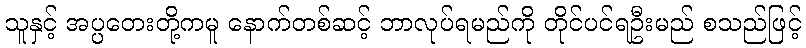
သူနှင့် အပ္ပတေးတို့ကမူ နောက်တစ်ဆင့် ဘာလုပ်ရမည်ကို တိုင်ပင်ရဦးမည် စသည်ဖြင့်